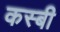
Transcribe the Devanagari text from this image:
कस्बी